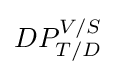
DP_{T/D}^{V/S}